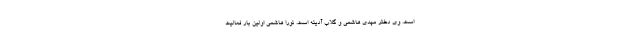
است. وی دختر مهدی هاشمی و گلاب آدینه است. نورا هاشمی اولین بار فعالیت